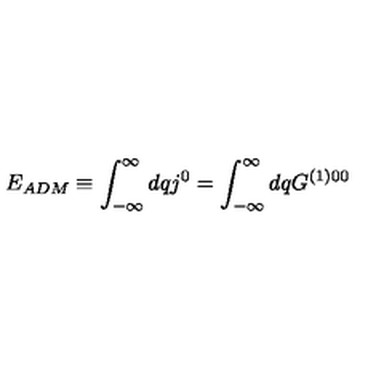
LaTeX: E _ { A D M } \equiv \int _ { - \infty } ^ { \infty } d q j ^ { 0 } = \int _ { - \infty } ^ { \infty } d q G ^ { ( 1 ) 0 0 }